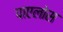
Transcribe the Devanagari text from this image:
पाएलोस